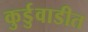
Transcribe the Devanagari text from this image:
कुर्डुवाडीत